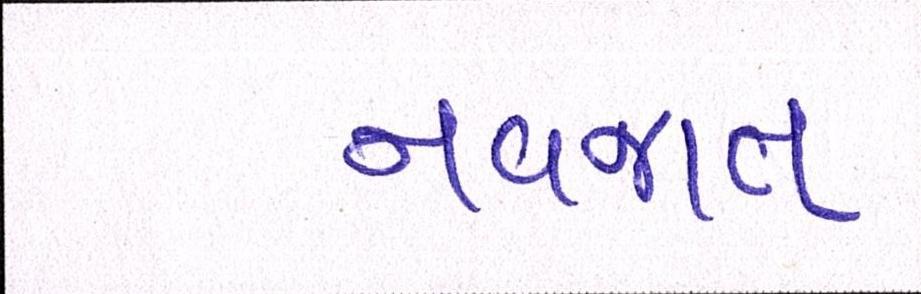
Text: નવજાત